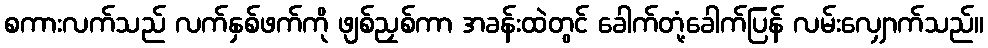
စကားလက်သည် လက်နှစ်ဖက်ကို ဖျစ်ညှစ်ကာ အခန်းထဲတွင် ခေါက်တုံ့ခေါက်ပြန် လမ်းလျှောက်သည်။